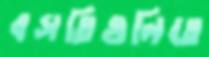
বসতিগুলিতে